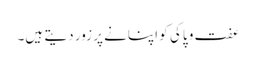
عفت و پاکی کو اپنانے پر زور دیتے ہیں۔